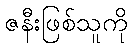
ဇနီးဖြစ်သူကို